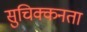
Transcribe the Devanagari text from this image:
सुचिक्कनता